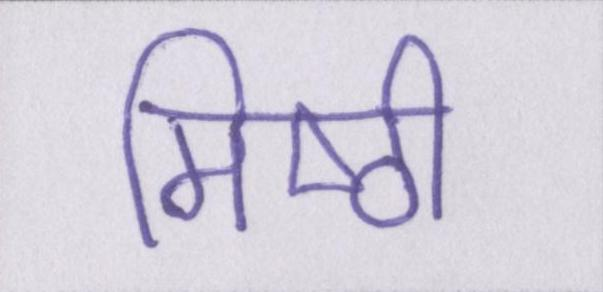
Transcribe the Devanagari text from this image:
मिष्ठी